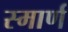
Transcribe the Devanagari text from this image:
स्मार्ण